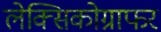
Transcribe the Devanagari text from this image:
लेक्सिकोग्राफर